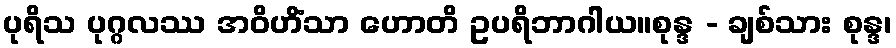
ပုရိသ ပုဂ္ဂလဿ အဝိဟိံသာ ဟောတိ ဥပရိဘာဂါယ။စုန္ဒ - ချစ်သား စုန္ဒ၊